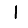
Digit: 1